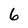
Character: 6